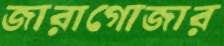
জারাগোজার